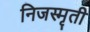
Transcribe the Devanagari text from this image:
निजस्मृती